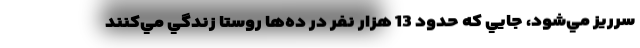
سرريز مي‌شود، جايي كه حدود 13 هزار نفر در ده‌ها روستا زندگي مي‌كنند